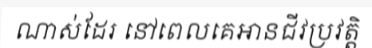
ណាស់ដែរ នៅពេលគេអានជីវប្រវត្តិ